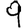
Digit: 9